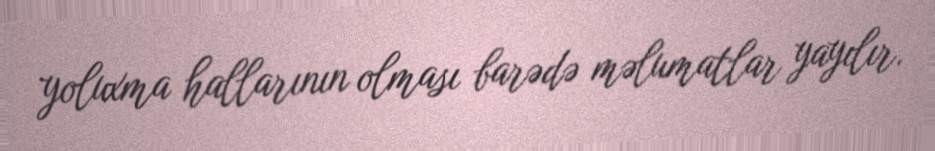
yoluxma hallarının olması barədə məlumatlar yayılır.